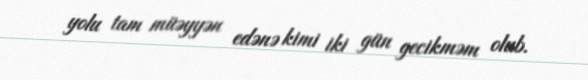
yolu tam müəyyən edənə kimi iki gün gecikməm olub.